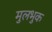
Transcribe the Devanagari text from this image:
मुलभुक